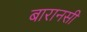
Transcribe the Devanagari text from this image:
बारानसी